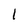
Character: 1